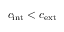
c _ { \mathrm { i n t } } < c _ { \mathrm { e x t } }